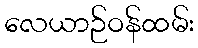
လေယာဉ်ဝန်ထမ်း